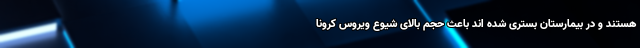
هستند و در بیمارستان بستری شده اند باعث حجم بالای شیوع ویروس کرونا